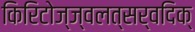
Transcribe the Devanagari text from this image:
किरिटोज्ज्वलत्सर्वदिक्‌